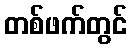
တစ်ဖက်တွင်